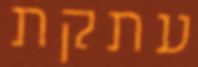
עתקת